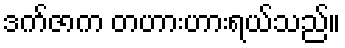
ဒက်ဇာက တဟားဟားရယ်သည်။